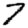
Digit: 7